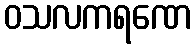
ဝသလကရဏေ